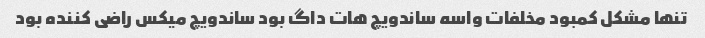
تنها مشکل کمبود مخلفات واسه ساندویچ هات داگ بود ساندویچ میکس راضی کننده بود